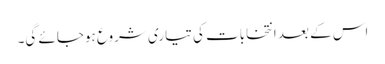
اس کے بعد انتخابات کی تیاری شروع ہوجائے گی۔